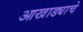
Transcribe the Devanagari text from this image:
आखाड्याचे